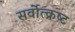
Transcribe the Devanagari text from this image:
सर्वोत्‍क्रष्‍ट